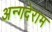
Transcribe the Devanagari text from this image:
अन्गदेराम